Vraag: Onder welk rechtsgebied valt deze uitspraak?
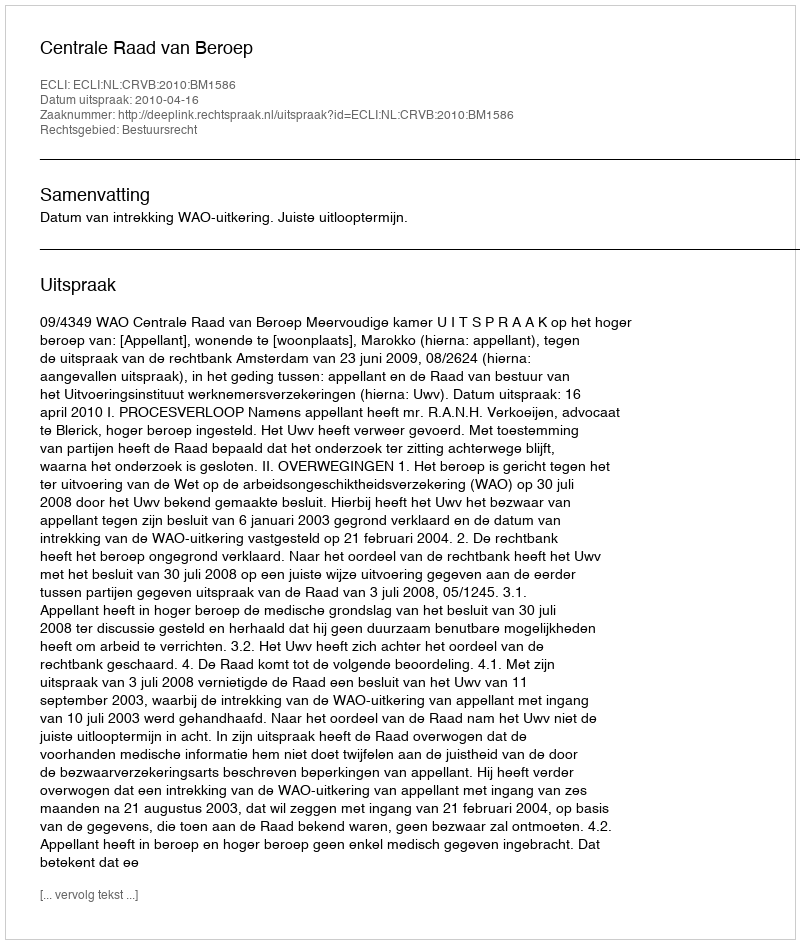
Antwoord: Bestuursrecht